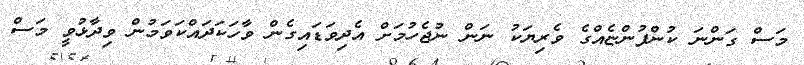
މަސް ގަންނަ ކުންފުންޏެއްގެ ވެރިޔަކު ނަން ނުޖެހުމަށް އެދިވަޑައިގެން ވާހަކަދައްކަވަމުން ވިދާޅުވީ މަސް